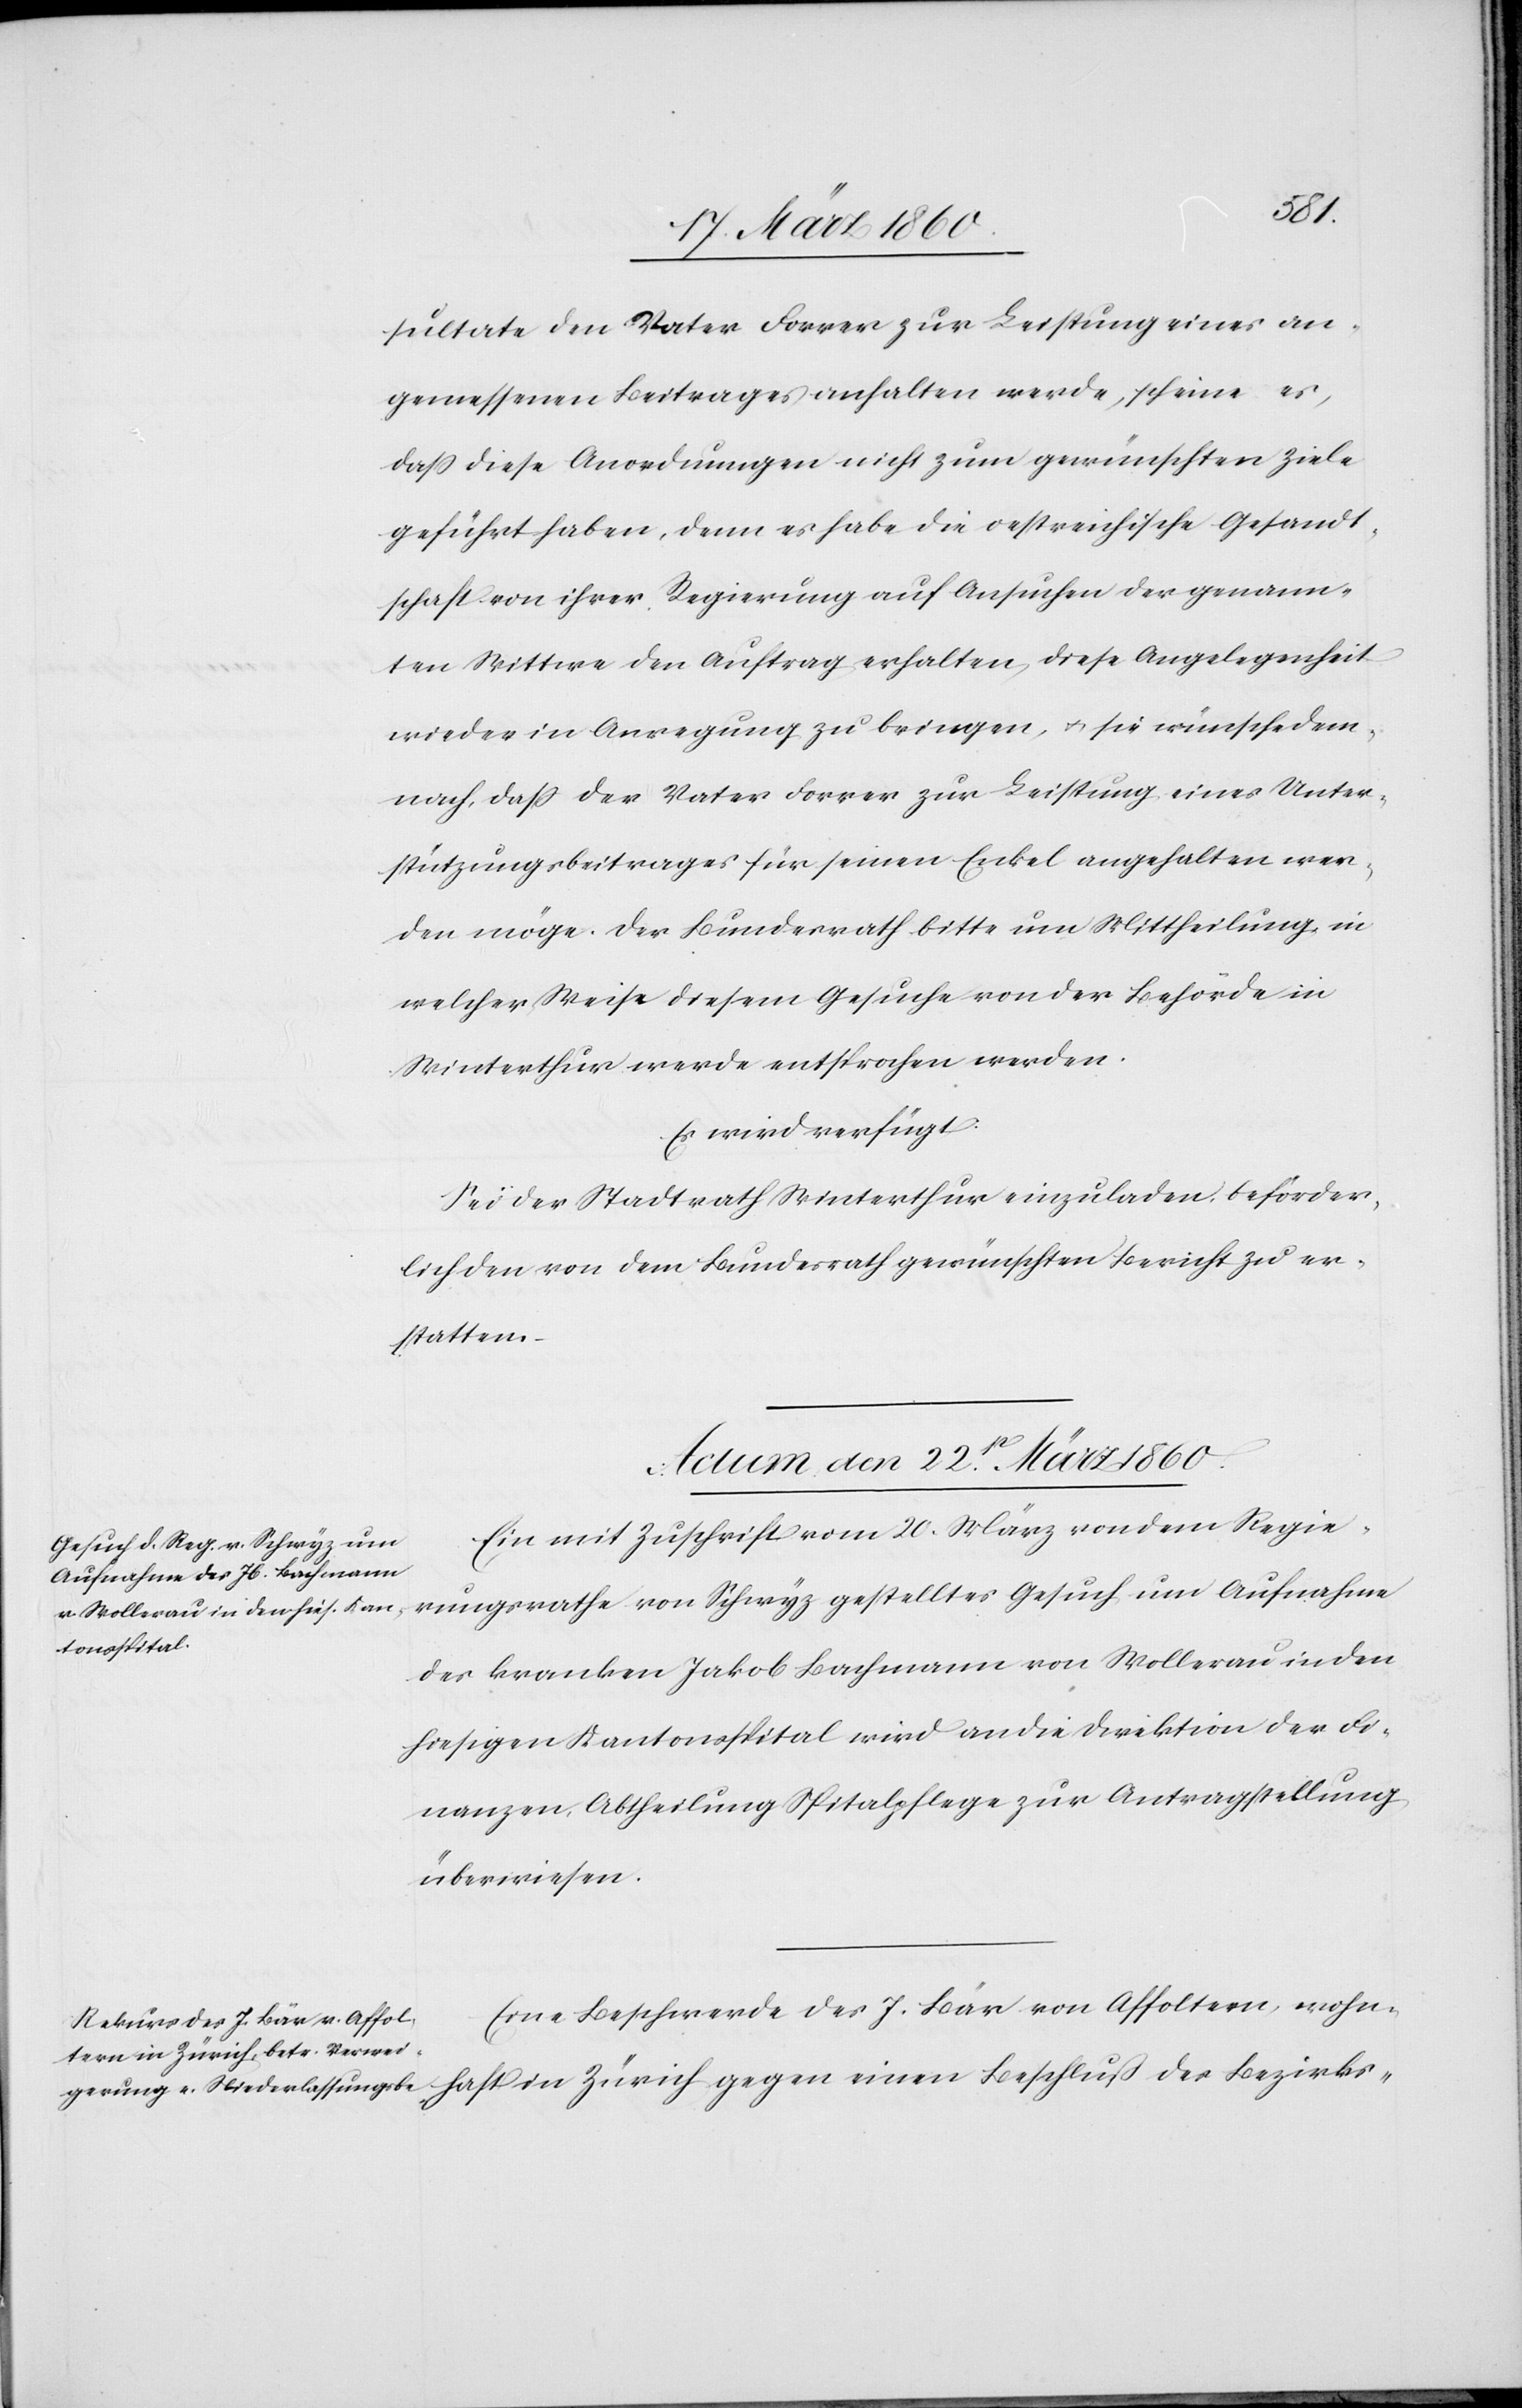
haft
sultate den Vater Forrer zur Leistung eines an¬
gemessenen Beitrages anhalten wird, erscheine es,
dass diese Anordnungen nicht zum gewünschten Ziele
geführt haben, denn es habe die oestreichische Gesandt¬
schaft von ihrer Regierung auf Ansuchen der genann¬
ten Wittwe den Auftrag erhalten, diese Angelegenheit
wieder in Anregung zu bringen, u. sie wünsche dem¬
nach dass der Vater Forrer zur Leistung eines Unter¬
stützungsbeitrages für seinen Enkel angehalten wer¬
den möge. Der Bundesrath bitte um Mittheilung in
welcher Weise diesem Gesuche von der Behörde in
Winterthur werde entsprochen werden.
Es wird verfügt:
Sei der Stadtrath Winterthur einzuladen, beförder¬
lich den von dem Bundesrath gewünschten Bericht zu er¬
statten.
Actum den 22st März 1860.]
Ein mit Zuschrift vom 20. März von dem Regie¬
rungsrathe von Schwyz gestelltes Gesuch um Aufnahme
des kranken Jakob Bachmann von Wollerau in den
hiesigen Kantonsspital wird an die Direktion der Fi¬
nanzen, Abtheilung Spitalpflege zur Antragstellung
überwiesen.
Eine Beschwerde des J. Bär von Affoltern, wohn¬